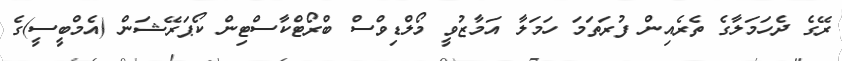
ރޭގެ ދެހަމަލާގެ ތެރެއިން ފުރަތަމަ ހަމަލާ އަމާޒުވީ މޯލްޑިވްސް ބްރޯޓްކާސްޓިން ކޯޕަރޭޝަން (އެމްބީސީ)ގެ